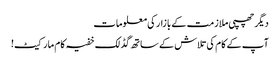
دیگر چھپی ملازمت کے بازار کی معلومات
آپ کے کام کی تلاش کے ساتھ گڈ لک خفیہ کام مارکیٹ!